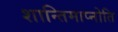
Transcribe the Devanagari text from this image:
शान्तिमाप्नोति